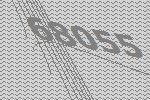
68055